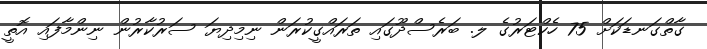
ގާތްގަނޑަކަށް 75 ހެކްޓަރުގެ ލ. ބަރެސްދޫގައި ތަރައްގީކުރަން ނިމިދިޔަ ސަރުކާރުން ނިންމާފައި އޮތީ